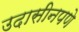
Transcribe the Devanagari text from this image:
उदासीनपणे